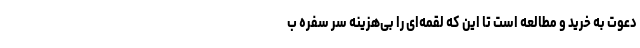
دعوت به خرید و مطالعه است تا این که لقمه‌ای را بی‌هزینه سر سفره ب